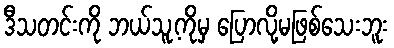
ဒီသတင်းကို ဘယ်သူ့ကိုမှ ပြောလို့မဖြစ်သေးဘူး